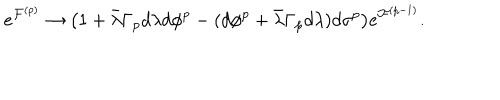
LaTeX: e ^ { { \cal F } ^ { ( p ) } } \rightarrow \big ( 1 + \bar { \lambda } \Gamma _ { p } d \lambda d \phi ^ { p } - ( d \phi ^ { p } + \bar { \lambda } \Gamma _ { p } d \lambda ) d \sigma ^ { p } \big ) e ^ { { \cal F } ^ { ( p - 1 ) } } .